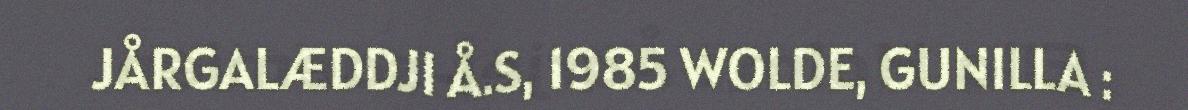
JÅRGALÆDDJI Å.S, 1985 WOLDE, GUNILLA :